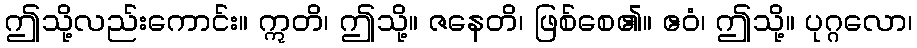
ဤသို့လည်းကောင်း။ ဣတိ၊ ဤသို့။ ဇနေတိ၊ ဖြစ်စေ၏။ ဧဝံ၊ ဤသို့။ ပုဂ္ဂလော၊